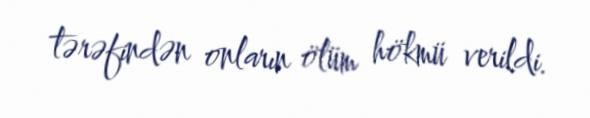
tərəfindən onların ölüm hökmü verildi.